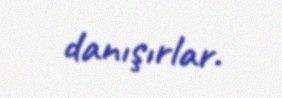
danışırlar.